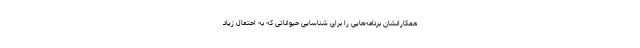
همکارانشان برنامه‌هایی را برای شناسایی حیواناتی که به احتمال زیاد